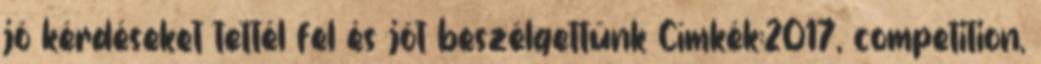
jó kérdéseket tettél fel és jót beszélgettünk Címkék:2017, competition,